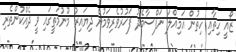
ޒޯއީ ހިތާއި ހިތުން އަމިއްލަ ނަފްސާމެދު ފަޚުރުވެރިވަމުން ދިޔައިރު މޫނުމަތީގައި ވީ ދެއްކުންތެރި